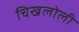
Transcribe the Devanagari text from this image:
चिखलोली